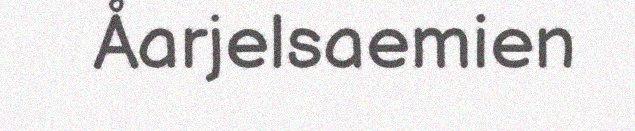
Åarjelsaemien